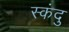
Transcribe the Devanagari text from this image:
स्कंदु